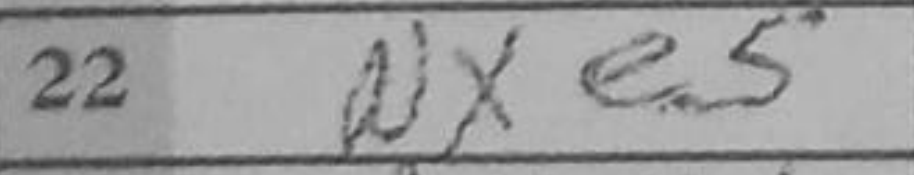
Transcription: Nxe5